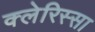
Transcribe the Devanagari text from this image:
क्लेरिस्सा